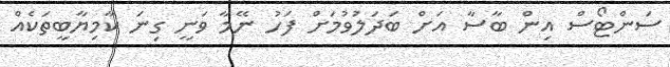
ސަންޓޯސް އިން ބާސާ އަށް ބަދަލުވުމަށް ފަހު ނޭމާ ވަނީ ގިނަ ކާމިޔާބީތަކެއް